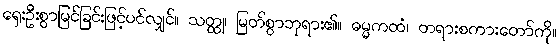
ရှေးဦးစွာမြင်ခြင်းဖြင့်ပင်လျှင်။ သတ္ထု၊ မြတ်စွာဘုရား၏။ ဓမ္မကထံ၊ တရားစကားတော်ကို။